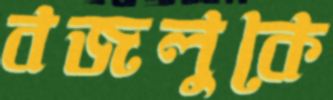
বজলুকে